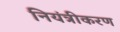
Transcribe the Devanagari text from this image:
नियंत्रीकरण